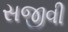
સજીવી